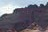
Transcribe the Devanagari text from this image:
शुत्रु